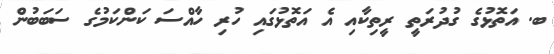
ބ. އަތޮޅުގެ ގުދުރަތީ ރީތިކާއި އެ އަތޮޅުގައި ހުރި ހާއްސަ ކަންކަމުގެ ސަބަބުން